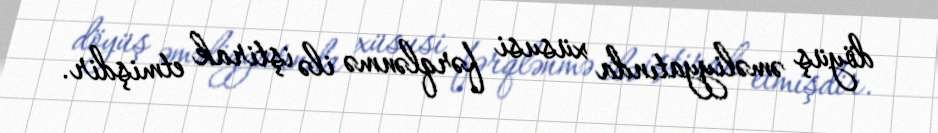
döyüş əməliyyatında xüsusi fərqlənmə ilə iştirak etmişdir.